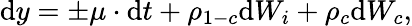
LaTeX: \mathrm{d}y=\pm\mu\cdot\mathrm{d}t+\rho_{1-c}\mathrm{d}W_{i}+\rho_{c}\mathrm{d}W_{c},